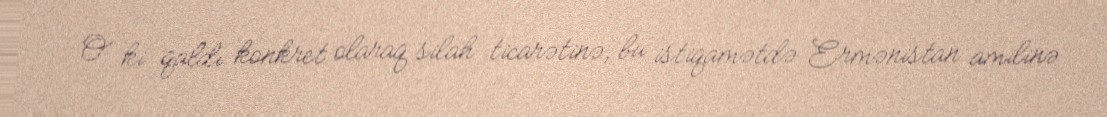
O ki qaldı konkret olaraq silah ticarətinə, bu istiqamətdə Ermənistan amilinə